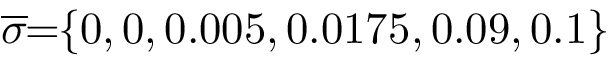
\! \! \! \! \! \! \! \overline { { \sigma } } \! \! = \! \! \{ 0 , 0 , 0 . 0 0 5 , 0 . 0 1 7 5 , 0 . 0 9 , 0 . 1 \} \! \! \!